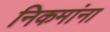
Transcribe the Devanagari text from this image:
निकमांना